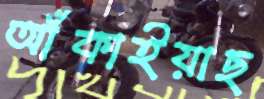
আঁকাইয়াছ